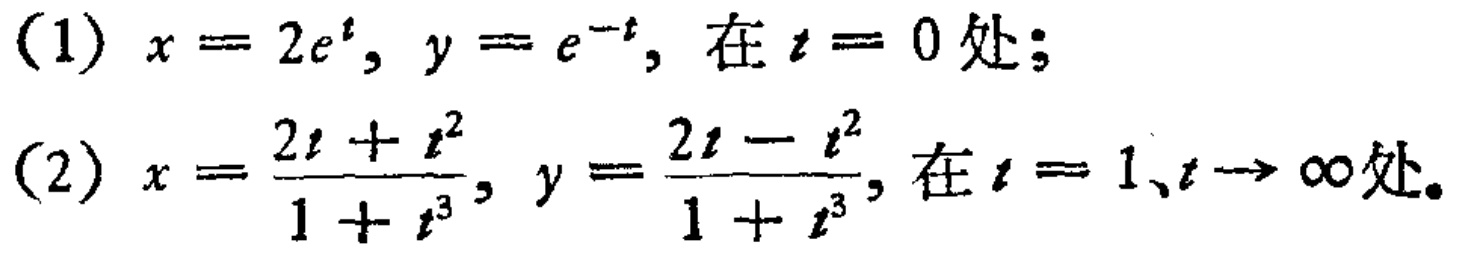
(1) \(x = 2e^{t}, y = e^{-t}\), 在 \(t = 0\)处；
(2) \(x=\frac{2t + t^{2}}{1 + t^{3}}, y=\frac{2t - t^{2}}{1 + t^{3}}\), 在 \(t = 1\)、\(t\rightarrow\infty\)处。